Leaving Certificate Examination (including Day School Certificate (Higher) General paper), 1938
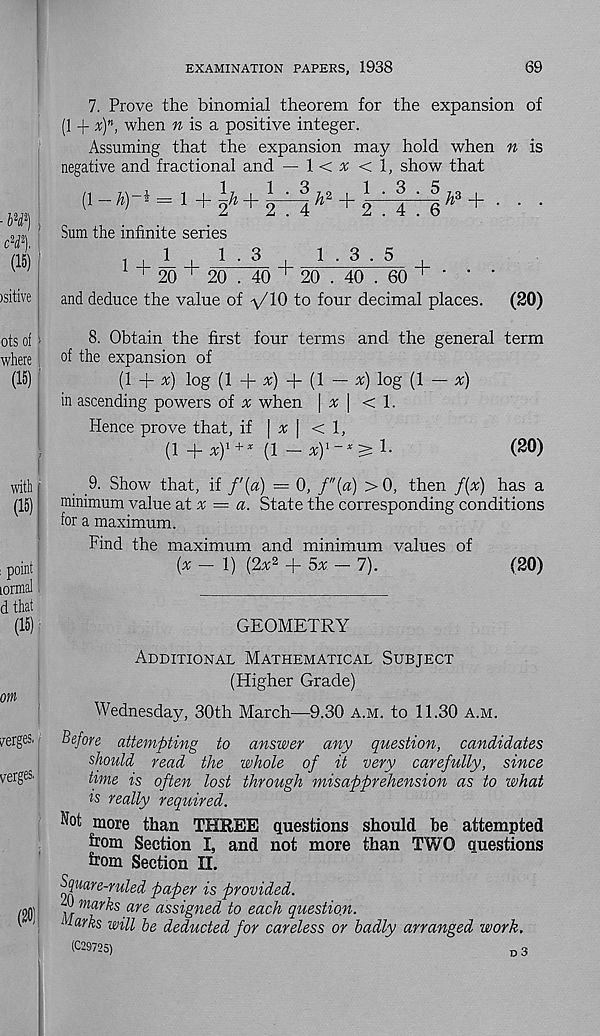
EXAMINATION PAPERS, 1938
69
- W)
cH\
(15)
)sitive
7. Prove the binomial theorem for the expansion of
(1 + x) n , when n is a positive integer.
Assuming that the expansion may hold when n is
negative and fractional and — l < x < 1, show that
(!-*)-»= 1+^+l T |^ + ^-|/,3+ . . .
Sum the infinite series
20
+ 1-3 ,
1 • 3 • 5
,
20 . 40 ' 20 . 40 . 60 '
'
and deduce the value of \/l0 to four decimal places.
(20)
ots of -
8- Obtain the first four terms and the general term
where
°f the expansion of
(15)
(1 + *) log (1 + x) + (1 — x) log (1 — x)
in ascending powers of n; when \ x \ < 1.
Hence prove that, if \ x \ <1,
(1 + *) 1+ * (1 -
1-
(20)
withf
,9- Show that, if /'(a) = 0, f"(a) >0, then f(x) has a
(15)
minimum value a.t % = a. State the corresponding conditions
for a maximum.
Find the maximum and minimum values of
: point I
(x-l) (2x* + 5x-7).
(20)
lormal,
d that
(15)
GEOMETRY
Additional Mathematical Subject
(Higher Grade)
merges.
verges.
(20)
Wednesday, 30th March—9.30 a.m. to 11.30 a.m.
Before attempting to answer any question, candidates
should read the whole of it very carefully, since
time is often lost through misapprehension as to what
is really required.
Not more than THREE questions should be attempted
from Section I, and not more than TWO questions
from Section II.
Square-ruled paper is provided.
^ marks are assigned to each question.
i -larks will be deducted for careless or badly arranged work.
(C29725)
d3